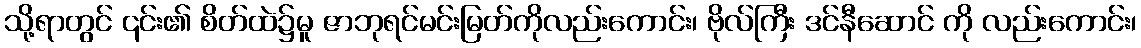
သို့ရာတွင် ၎င်း၏ စိတ်ထဲ၌မူ ဇာဘုရင်မင်းမြတ်ကိုလည်းကောင်း၊ ဗိုလ်ကြီး ဒင်နီဆောင် ကို လည်းကောင်း၊